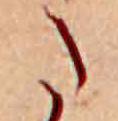
た